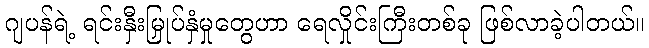
ဂျပန်ရဲ့ ရင်းနှီးမြှုပ်နှံမှုတွေဟာ ရေလှိုင်းကြီးတစ်ခု ဖြစ်လာခဲ့ပါတယ်။